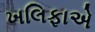
ખલિફાએ